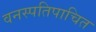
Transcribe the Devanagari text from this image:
वनस्पतिपाचित